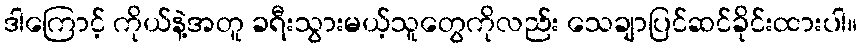
ဒါကြောင့် ကိုယ်နဲ့အတူ ခရီးသွားမယ့်သူတွေကိုလည်း သေချာပြင်ဆင်ခိုင်းထားပါ။